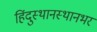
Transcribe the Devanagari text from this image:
हिंदुस्थानस्थानभर